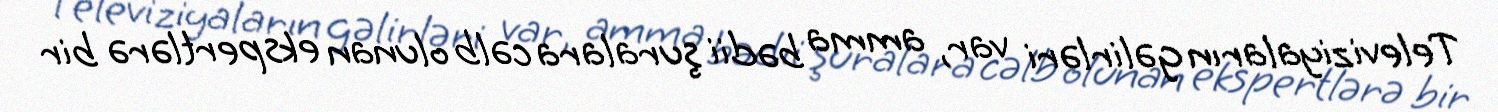
Televiziyaların gəlirləri var, amma bədii şuralara cəlb olunan ekspertlərə bir